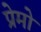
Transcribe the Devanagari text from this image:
प्रेमो